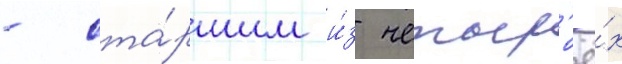
- ста́ршим и́з четыр'ё́х